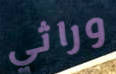
وراثي